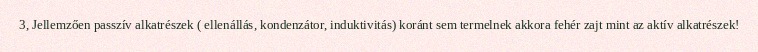
3, Jellemzően passzív alkatrészek ( ellenállás, kondenzátor, induktivitás) koránt sem termelnek akkora fehér zajt mint az aktív alkatrészek!